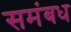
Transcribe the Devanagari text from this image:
समंबध